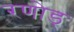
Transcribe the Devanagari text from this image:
रणोड्